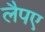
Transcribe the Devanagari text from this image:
लैपए